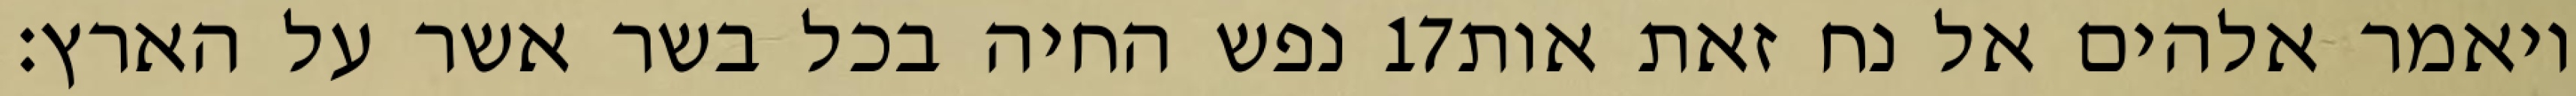
נפש החיה בכל בשר אשר על הארץ׃ ‎17‏ ויאמר אלהים אל נח זאת אות